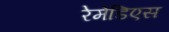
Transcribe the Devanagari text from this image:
रेमेडिएस